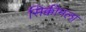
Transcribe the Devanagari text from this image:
सिक्कीमला